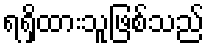
ရရှိထားသူဖြစ်သည်